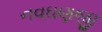
નવઘણજી